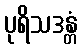
ပုရိသဒန္တံ